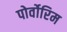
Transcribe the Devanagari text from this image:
पोर्वोरिम